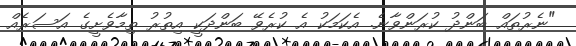
"ނެރުތައް ބަންދު ކުރަންވާނެ. އެކަމަކު އެ ކުރެވޭ ބަންދަކީ އިތުރު ތިމާވެށީގެ އަސަރެއް